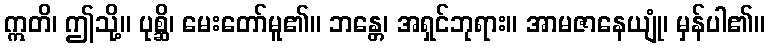
ဣတိ၊ ဤသို့။ ပုစ္ဆိ၊ မေးတော်မူ၏။ ဘန္တေ၊ အရှင်ဘုရား။ အာမဇာနေယျုံ၊ မှန်ပါ၏။